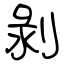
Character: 剝